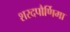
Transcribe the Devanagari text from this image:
शरदपौर्णिमा